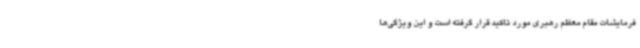
فرمایشات مقام معظم رهبری مورد تاکید قرار گرفته است و این ویژگی‌ها